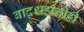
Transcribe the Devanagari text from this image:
बादशहांनीही